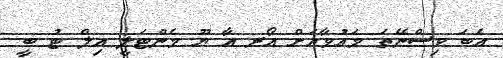
އެބަ ވިސްނޭތަ މައުވާއަށް އޯރ އާ ޔޫ މެންޓަލީ އިލް ޓު ބީ